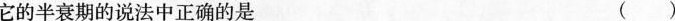
它的半衰期的说法中正确的是 ()